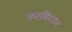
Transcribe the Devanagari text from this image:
फरमिंगटन